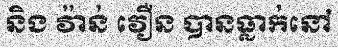
និង វ៉ាន់ វឿន បានធ្លាក់នៅ